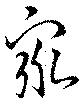
衆